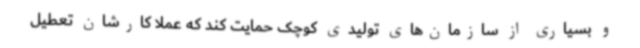
و بسیاری از سازمان‌های تولیدی کوچک حمایت کند که عملا کارشان تعطیل